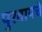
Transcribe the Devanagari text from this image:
पुरवायचे